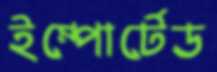
ইম্পোর্টেড